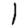
Digit: 1